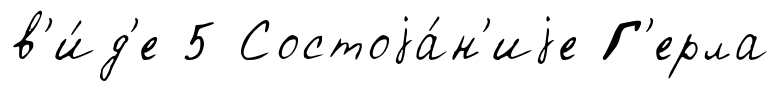
в'и́д'е 5 Состоjа́н'иjе Г'ерла